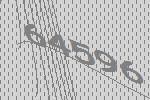
64596